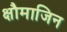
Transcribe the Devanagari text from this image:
क्षौमाजिन